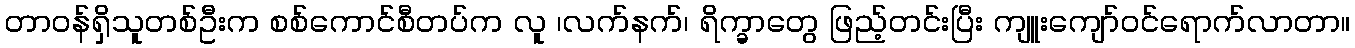
တာဝန်ရှိသူတစ်ဦးက စစ်ကောင်စီတပ်က လူ ၊လက်နက်၊ ရိက္ခာတွေ ဖြည့်တင်းပြီး ကျူးကျော်ဝင်ရောက်လာတာ။